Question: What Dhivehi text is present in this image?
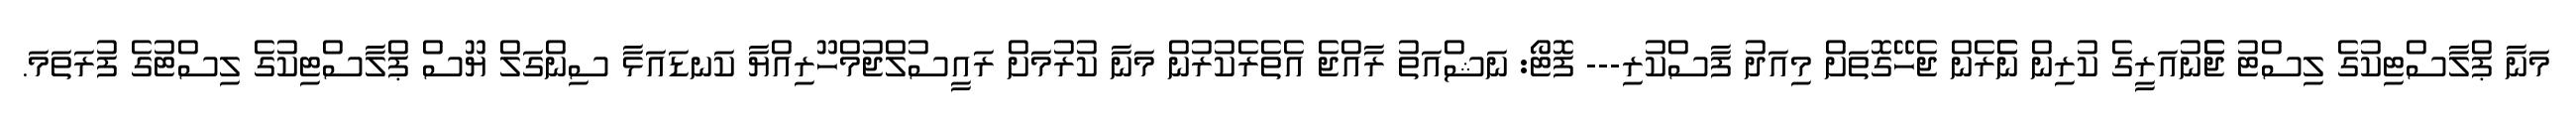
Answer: މަނާ ޕްލާސްޓިކުގެ ލިސްޓު ޖެެނުއަރީގެ ކުރިން ނެެރެން ޖެހޭގޮތަށް މިއަދު ފާސްކުރި--- ފޮޓޯ: ނަޝްއަތު ރާއްޖެ އެތެރެކުރުން މަނާ ކުރުމަށް ރައީސުލްޖުމްހޫރިއްޔާ ކަނޑައަޅާ ސިންގަލް ޔޫސް ޕްލާސްޓިކުގެ ލިސްޓުގެ ފުރަތަމަ.